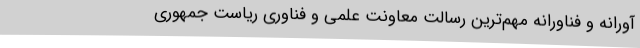
آورانه و فناورانه مهم‌ترین رسالت معاونت علمی و فناوری ریاست جمهوری